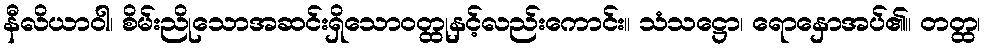
နီလိယာဝါ၊ စိမ်းညိုသောအဆင်းရှိသောဝတ္ထုနှင့်လည်းကောင်း။ သံသဋ္ဌော၊ ရောနှောအပ်၏။ တတ္ထ၊